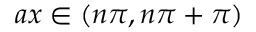
a x \in \left( n \pi , n \pi + \pi \right)